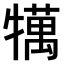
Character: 𤛶